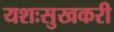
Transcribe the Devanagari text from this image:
यशःसुखकरी